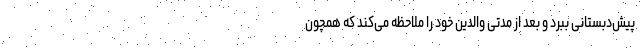
پیش‌دبستانی ببرد و بعد از مدتی والدین خود را ملاحظه می‌کند که همچون